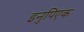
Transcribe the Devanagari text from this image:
इनुपिएक